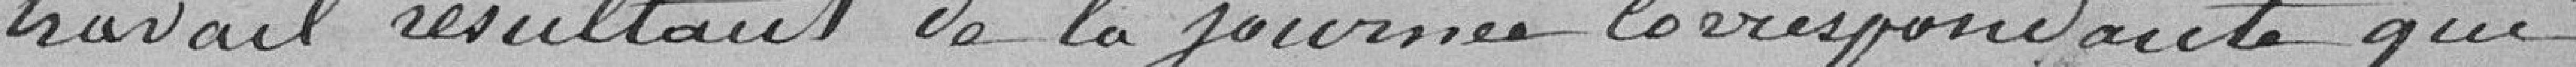
travail résultant de la journée correspondante qui